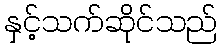
နှင့်သက်ဆိုင်သည်